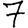
Digit: 7